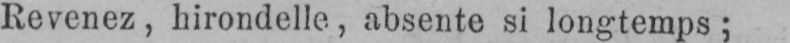
Revenez, hirondelle, absente si longtemps;